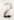
2